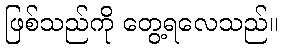
ဖြစ်သည်ကို တွေ့ရလေသည်။